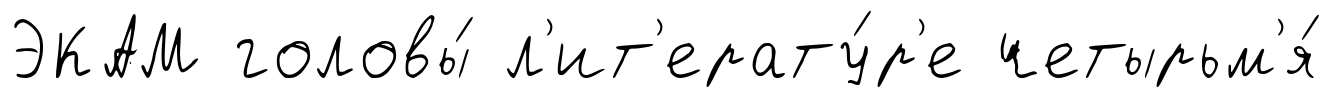
ЭКАМ головы́ л'ит'ерату́р'е четырьм'я́